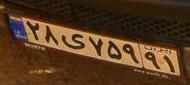
۲۸ی۷۵۹۹۱